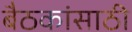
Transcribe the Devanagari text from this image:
बैठकांसाठी